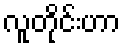
လူတိုင်းဟာ